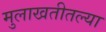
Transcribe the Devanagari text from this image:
मुलाखतीतल्या